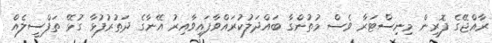
ރާއްޖޭގެ ފޮރިން މިނިސްޓަރާ ވެސް މުތުންގާ ބައްދަލުކުރައްވާފައިވާއިރު އޭނާގެ ދަތުރުފުޅާ ގުޅޭ ތަފްސީލެއް